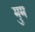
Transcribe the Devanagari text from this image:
मुम